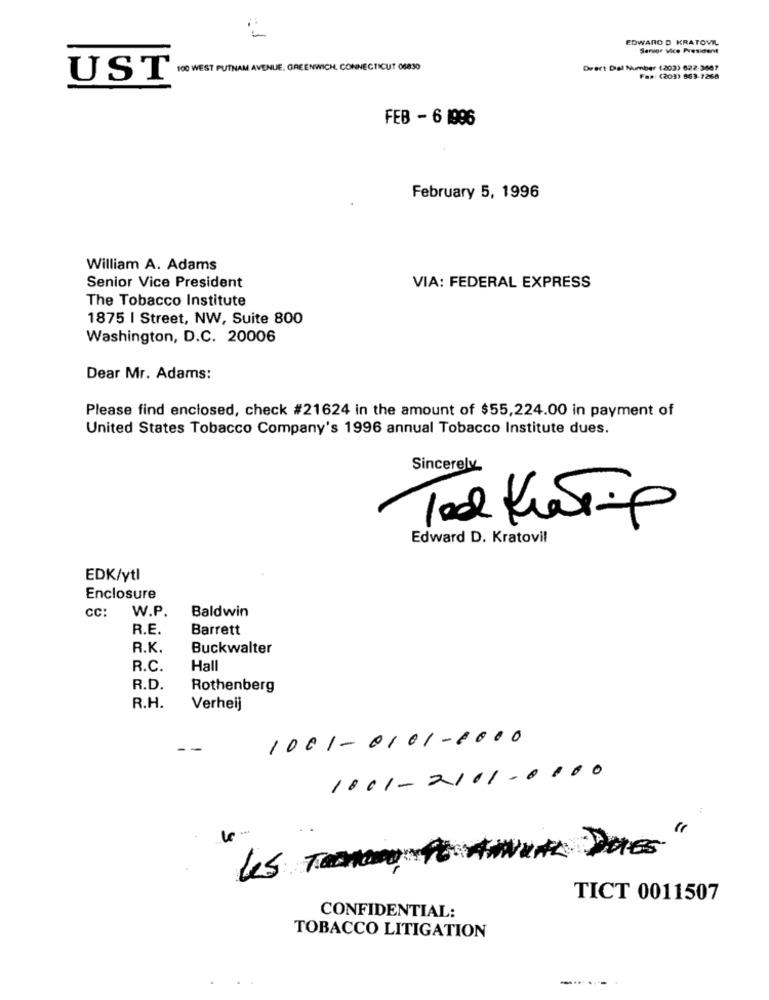
EDWARD D KRATOVIL
Senior Vice President
100 WEST PUTNAM AVENUE, GREENWICH, CONNECTICUT 06830
Direct Dial Number (203) 622-3667
UST
Fax: (203) 863-7268
FEB - 6 1996
February 5, 1996
William A. Adams
Senior Vice President
VIA: FEDERAL EXPRESS
The Tobacco Institute
1875 | Street, NW, Suite 800
Washington, D.C. 20006
Dear Mr. Adams:
Please find enclosed, check #21624 in the amount of $55,224.00 in payment of
United States Tobacco Company's 1996 annual Tobacco Institute dues.
Sincerely
-
Tal KiesTip
Edward D. Kratovil
EDK/ytl
Enclosure
CC:
W.P.
Baldwin
R.E.
Barrett
R.K.
Buckwalter
R.C.
Hall
R.D.
Rothenberg
R.H.
Verheij
1001-0101-6000
1001-2101-0100
DOES
TICT 0011507
CONFIDENTIAL:
TOBACCO LITIGATION
----